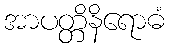
အာပတ္တိနိရောဓံ